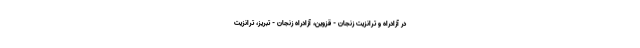
در آزادراه و ترانزیت زنجان - قزوین، آزادراه زنجان - تبریز، ترانزیت